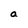
Character: a